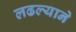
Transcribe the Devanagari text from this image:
लढल्याने